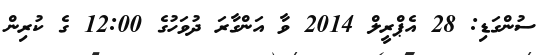
ސުންގަޑި: 28 އެޕްރީލް 2014 ވާ އަންގާރަ ދުވަހުގެ 12:00 ގެ ކުރިން